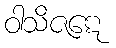
ဝါသိဇဋေ